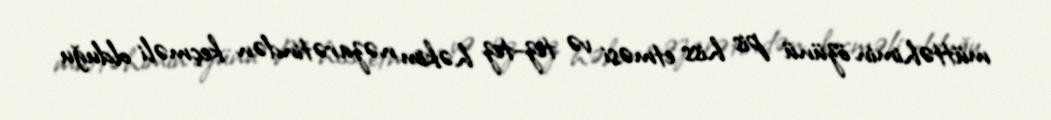
müttəhimin özünü pis hiss etməsi və tez-tez həkim nəzarətindən keçməli olduğu